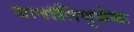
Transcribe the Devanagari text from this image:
क्लांतिपूर्वक